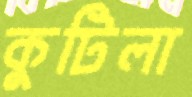
কুটিলা